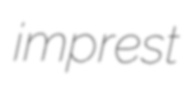
imprest